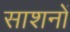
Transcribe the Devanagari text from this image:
साशनों